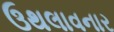
ઉથલાવનાર